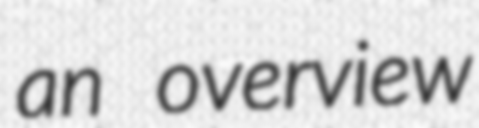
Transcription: an overview